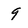
Character: 9